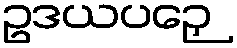
ဥဒယပဉှေ